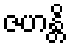
ဇဟန္တိ